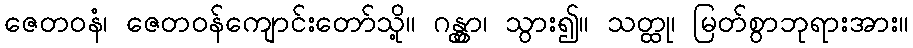
ဇေတဝနံ၊ ဇေတဝန်ကျောင်းတော်သို့။ ဂန္တွာ၊ သွား၍။ သတ္ထု၊ မြတ်စွာဘုရားအား။